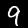
Label: 9